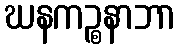
ဃနကဉ္စနာဘာ